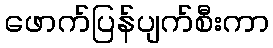
ဖောက်ပြန်ပျက်စီးကာ